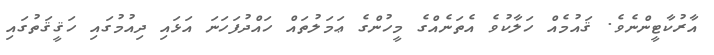
އާރުކާޓީންނެވެ. ޤައުމެއް ހަލާކުވެ އެތަނެއްގެ މީހުންގެ ޢަމަލުތައް ހައްދުފަހަނަ އަޅައި ދިއުމުގައި ހަޤީޤަތުގައި